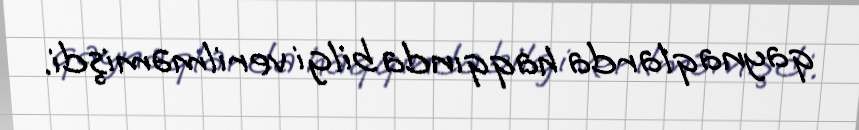
qaynaqlarda haqqında bilgi verilməmişdi.